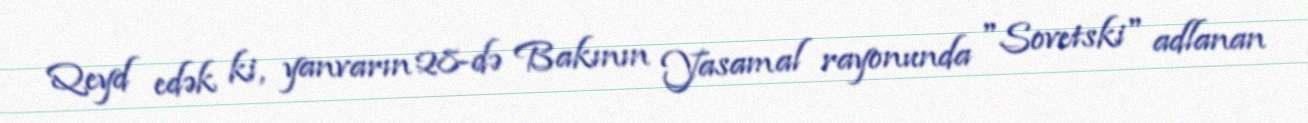
Qeyd edək ki, yanvarın 28-də Bakının Yasamal rayonunda "Sovetski" adlanan